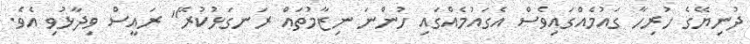
ދުނިޔޭގެ ހުރިހާ ގައުމެއްގައިވެސް އެގައުމެއްގައި ހުންނަ ނިޒާމުތައް ރަނގަޅުކުރޭ" ރައީސް ވިދާޅުވި އެވެ.